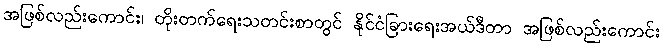
အဖြစ်လည်းကောင်း၊ တိုးတက်ရေးသတင်းစာတွင် နိုင်ငံခြားရေးအယ်ဒီတာ အဖြစ်လည်းကောင်း